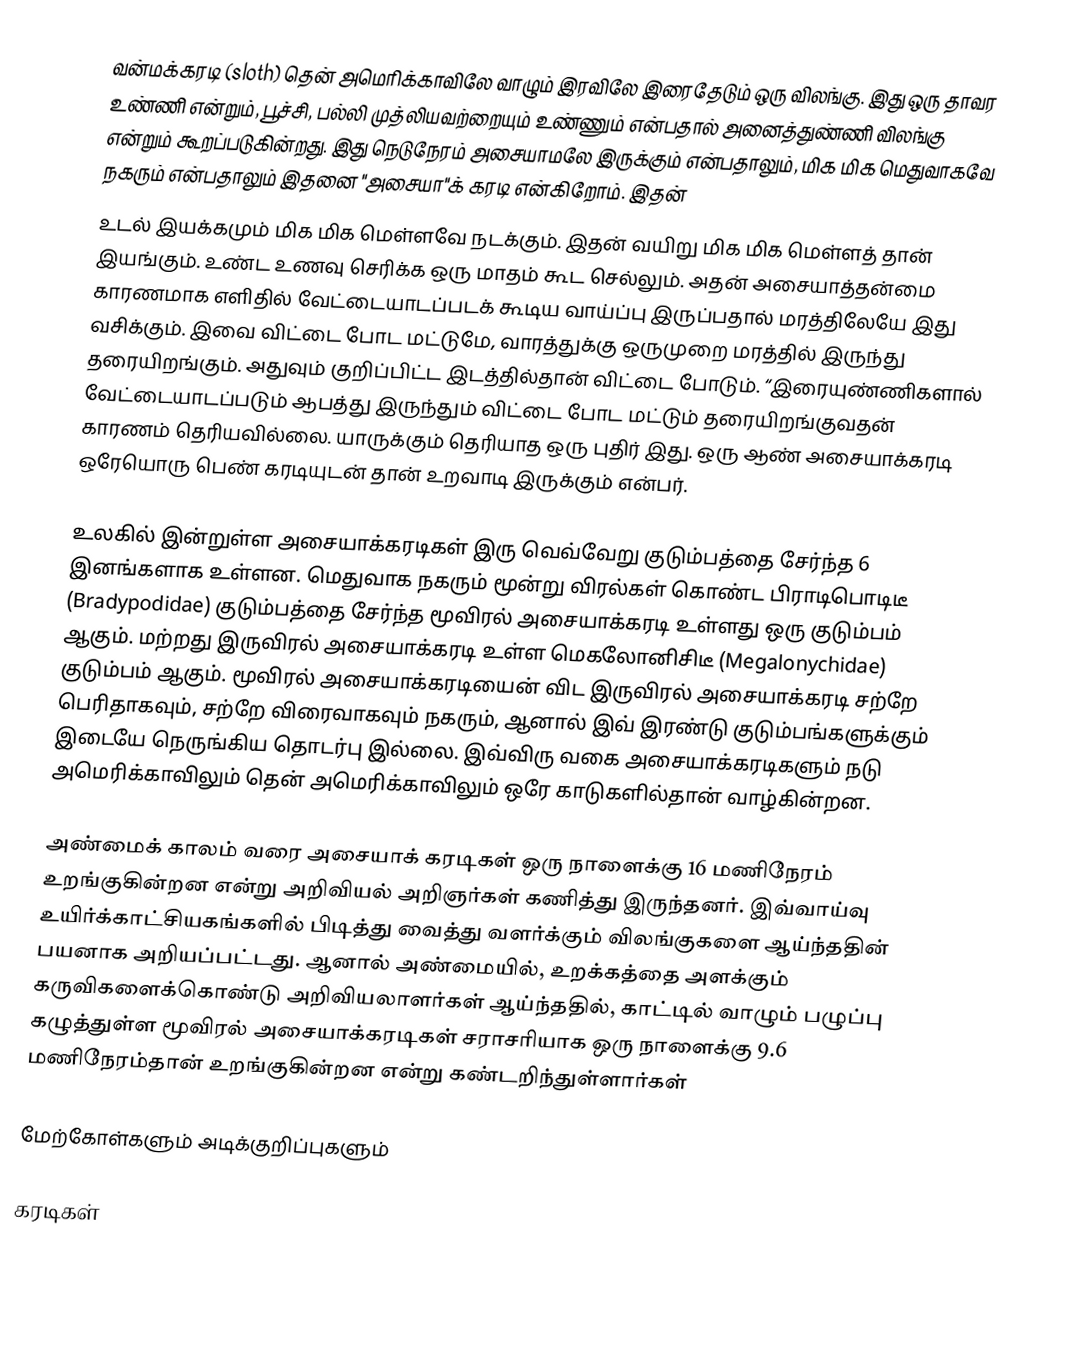
வன்மக்கரடி (sloth) தென் அமெரிக்காவிலே வாழும் இரவிலே இரைதேடும் ஒரு விலங்கு. இது ஒரு தாவர உண்ணி என்றும், பூச்சி, பல்லி முத்லியவற்றையும் உண்ணும் என்பதால் அனைத்துண்ணி விலங்கு என்றும் கூறப்படுகின்றது. இது நெடுநேரம் அசையாமலே இருக்கும் என்பதாலும், மிக மிக மெதுவாகவே நகரும் என்பதாலும் இதனை "அசையா"க் கரடி என்கிறோம். இதன்
உடல் இயக்கமும் மிக மிக மெள்ளவே நடக்கும். இதன் வயிறு மிக மிக மெள்ளத் தான் இயங்கும். உண்ட உணவு செரிக்க ஒரு மாதம் கூட செல்லும். அதன் அசையாத்தன்மை காரணமாக எளிதில் வேட்டையாடப்படக் கூடிய வாய்ப்பு இருப்பதால் மரத்திலேயே இது வசிக்கும். இவை விட்டை போட மட்டுமே, வாரத்துக்கு ஒருமுறை மரத்தில் இருந்து தரையிறங்கும். அதுவும் குறிப்பிட்ட இடத்தில்தான் விட்டை போடும். “இரையுண்ணிகளால் வேட்டையாடப்படும் ஆபத்து இருந்தும் விட்டை போட மட்டும் தரையிறங்குவதன் காரணம் தெரியவில்லை. யாருக்கும் தெரியாத ஒரு புதிர் இது. ஒரு ஆண் அசையாக்கரடி ஒரேயொரு பெண் கரடியுடன் தான் உறவாடி இருக்கும் என்பர்.

உலகில் இன்றுள்ள அசையாக்கரடிகள் இரு வெவ்வேறு குடும்பத்தை சேர்ந்த 6 இனங்களாக உள்ளன. மெதுவாக நகரும் மூன்று விரல்கள் கொண்ட பிராடிபொடிடீ (Bradypodidae) குடும்பத்தை சேர்ந்த மூவிரல் அசையாக்கரடி உள்ளது ஒரு குடும்பம் ஆகும். மற்றது இருவிரல் அசையாக்கரடி உள்ள மெகலோனிசிடீ (Megalonychidae) குடும்பம் ஆகும். மூவிரல் அசையாக்கரடியைன் விட இருவிரல் அசையாக்கரடி சற்றே பெரிதாகவும், சற்றே விரைவாகவும் நகரும், ஆனால் இவ் இரண்டு குடும்பங்களுக்கும் இடையே நெருங்கிய தொடர்பு இல்லை. இவ்விரு வகை அசையாக்கரடிகளும் நடு அமெரிக்காவிலும் தென் அமெரிக்காவிலும் ஒரே காடுகளில்தான் வாழ்கின்றன.

அண்மைக் காலம் வரை அசையாக் கரடிகள் ஒரு நாளைக்கு 16 மணிநேரம் உறங்குகின்றன என்று அறிவியல் அறிஞர்கள் கணித்து இருந்தனர். இவ்வாய்வு உயிர்க்காட்சியகங்களில் பிடித்து வைத்து வளர்க்கும் விலங்குகளை ஆய்ந்ததின் பயனாக அறியப்பட்டது. ஆனால் அண்மையில், உறக்கத்தை அளக்கும் கருவிகளைக்கொண்டு அறிவியலாளர்கள் ஆய்ந்ததில், காட்டில் வாழும் பழுப்பு கழுத்துள்ள மூவிரல் அசையாக்கரடிகள் சராசரியாக ஒரு நாளைக்கு 9.6 மணிநேரம்தான் உறங்குகின்றன என்று கண்டறிந்துள்ளார்கள்

மேற்கோள்களும் அடிக்குறிப்புகளும்

கரடிகள்